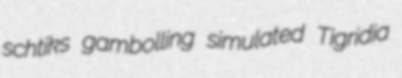
schtiks gambolling simulated Tigridia